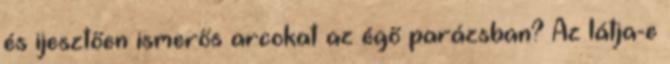
és ijesztően ismerős arcokat az égő parázsban? Az látja-e